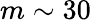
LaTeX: m\sim 30